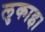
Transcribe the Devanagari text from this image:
लुकाइ।